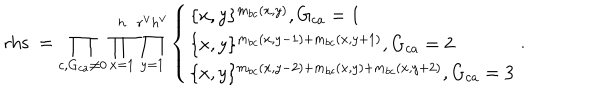
LaTeX: \mathrm { r h s \ } = \prod _ { c , G _ { c a } \neq 0 } \prod _ { x = 1 } ^ { h } \prod _ { y = 1 } ^ { r ^ { \vee } h ^ { \vee } } \left\{ \begin{array} { l } { { \{ x , y \} ^ { m _ { b c } ( x , y ) } , G _ { c a } = 1 } } \\ { { \{ x , y \} ^ { m _ { b c } ( x , y - 1 ) + m _ { b c } ( x , y + 1 ) } , G _ { c a } = 2 } } \\ { { \{ x , y \} ^ { m _ { b c } ( x , y - 2 ) + m _ { b c } ( x , y ) + m _ { b c } ( x , y + 2 ) } , G _ { c a } = 3 } } \\ \end{array} \right. .